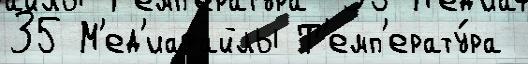
35 М'ед'иафайлы Т'емп'ерату́ра